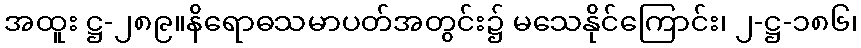
အထူး ဋ္ဌ-၂၈၉။နိရောဓသမာပတ်အတွင်း၌ မသေနိုင်ကြောင်း၊ ၂-ဋ္ဌ-၁၈၆၊